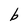
Character: b